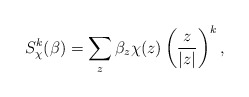
\begin{align*}S_{\chi}^k(\beta) = \sum_{z}\beta_z\chi(z)\left(\frac{z}{|z|}\right)^k,\end{align*}